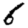
Digit: 6